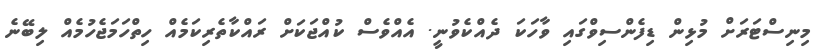
މިނިސްޓަރަށް މުޅިން ޑިފެންސިވްގައި ވާހަކަ ދެއްކެވުނީ. އެއްވެސް ކުއްޖަކަށް ރައްކާތެރިކަމެއް ހިތްހަމަޖެހުމެއް ލިބޭނެ